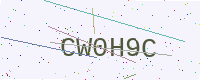
Text: CW0H9C